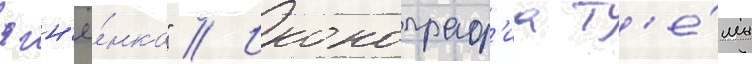
ягн'ё́нка" // Иконограф'иа т'е́мы